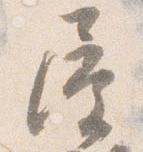
屋